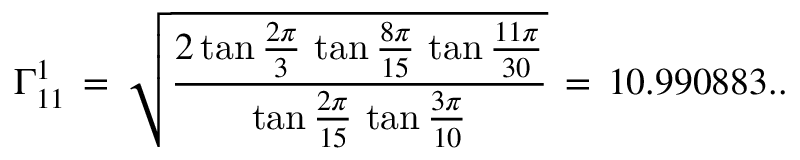
\Gamma _ { 1 1 } ^ { 1 } \, = \, \sqrt { \frac { 2 \tan \frac { 2 \pi } { 3 } \, \tan \frac { 8 \pi } { 1 5 } \, \tan \frac { 1 1 \pi } { 3 0 } } { \tan \frac { 2 \pi } { 1 5 } \, \tan \frac { 3 \pi } { 1 0 } } } \, = \, 1 0 . 9 9 0 8 8 3 . .